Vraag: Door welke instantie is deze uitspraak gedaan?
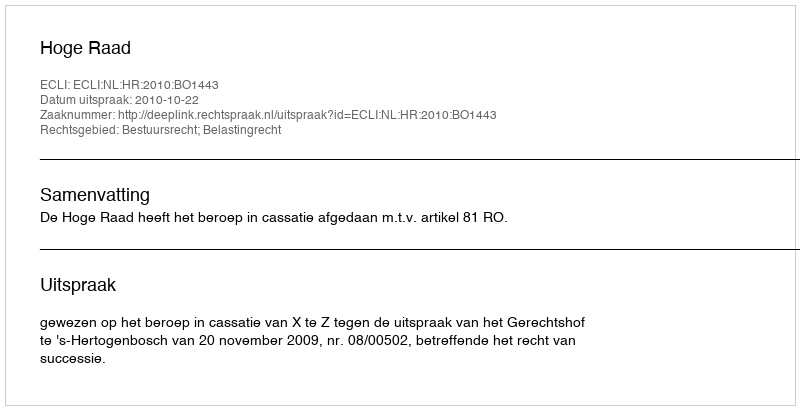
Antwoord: Hoge Raad